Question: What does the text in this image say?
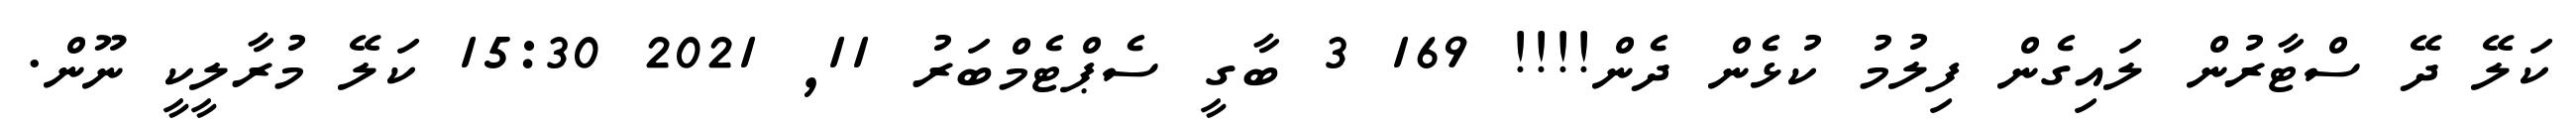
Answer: ކަލޭ ދޭ ސްޓާރުން ލައިގެން ފިލުމު ކުޅެން ދެން!!!! 169 3 ބާގީ ސެޕްޓެމްބަރު 11, 2021 15:30 ކަލޭ މުރާލީކީ ނޫން.